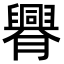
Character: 臖